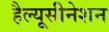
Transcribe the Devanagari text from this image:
हैल्यूसीनेशन